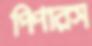
পিপারস